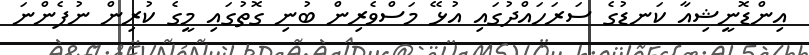
އިންޑޮނީޝިއާ ކަނޑުގެ ސަރަހައްދުގައި އުޅޭ މަސްވެރިން ބުނި ގޮތުގައި މީގެ ކުރިން ނުފެންނަ